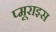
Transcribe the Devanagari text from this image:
प्मूराइस